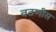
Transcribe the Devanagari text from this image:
वठणीस